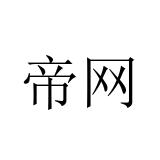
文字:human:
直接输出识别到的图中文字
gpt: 帝网